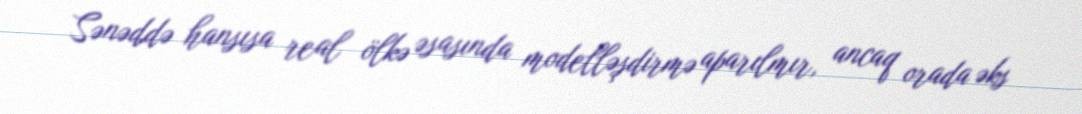
Sənəddə hansısa real ölkə əsasında modelləşdirmə aparılmır, ancaq orada əks